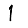
Digit: 1